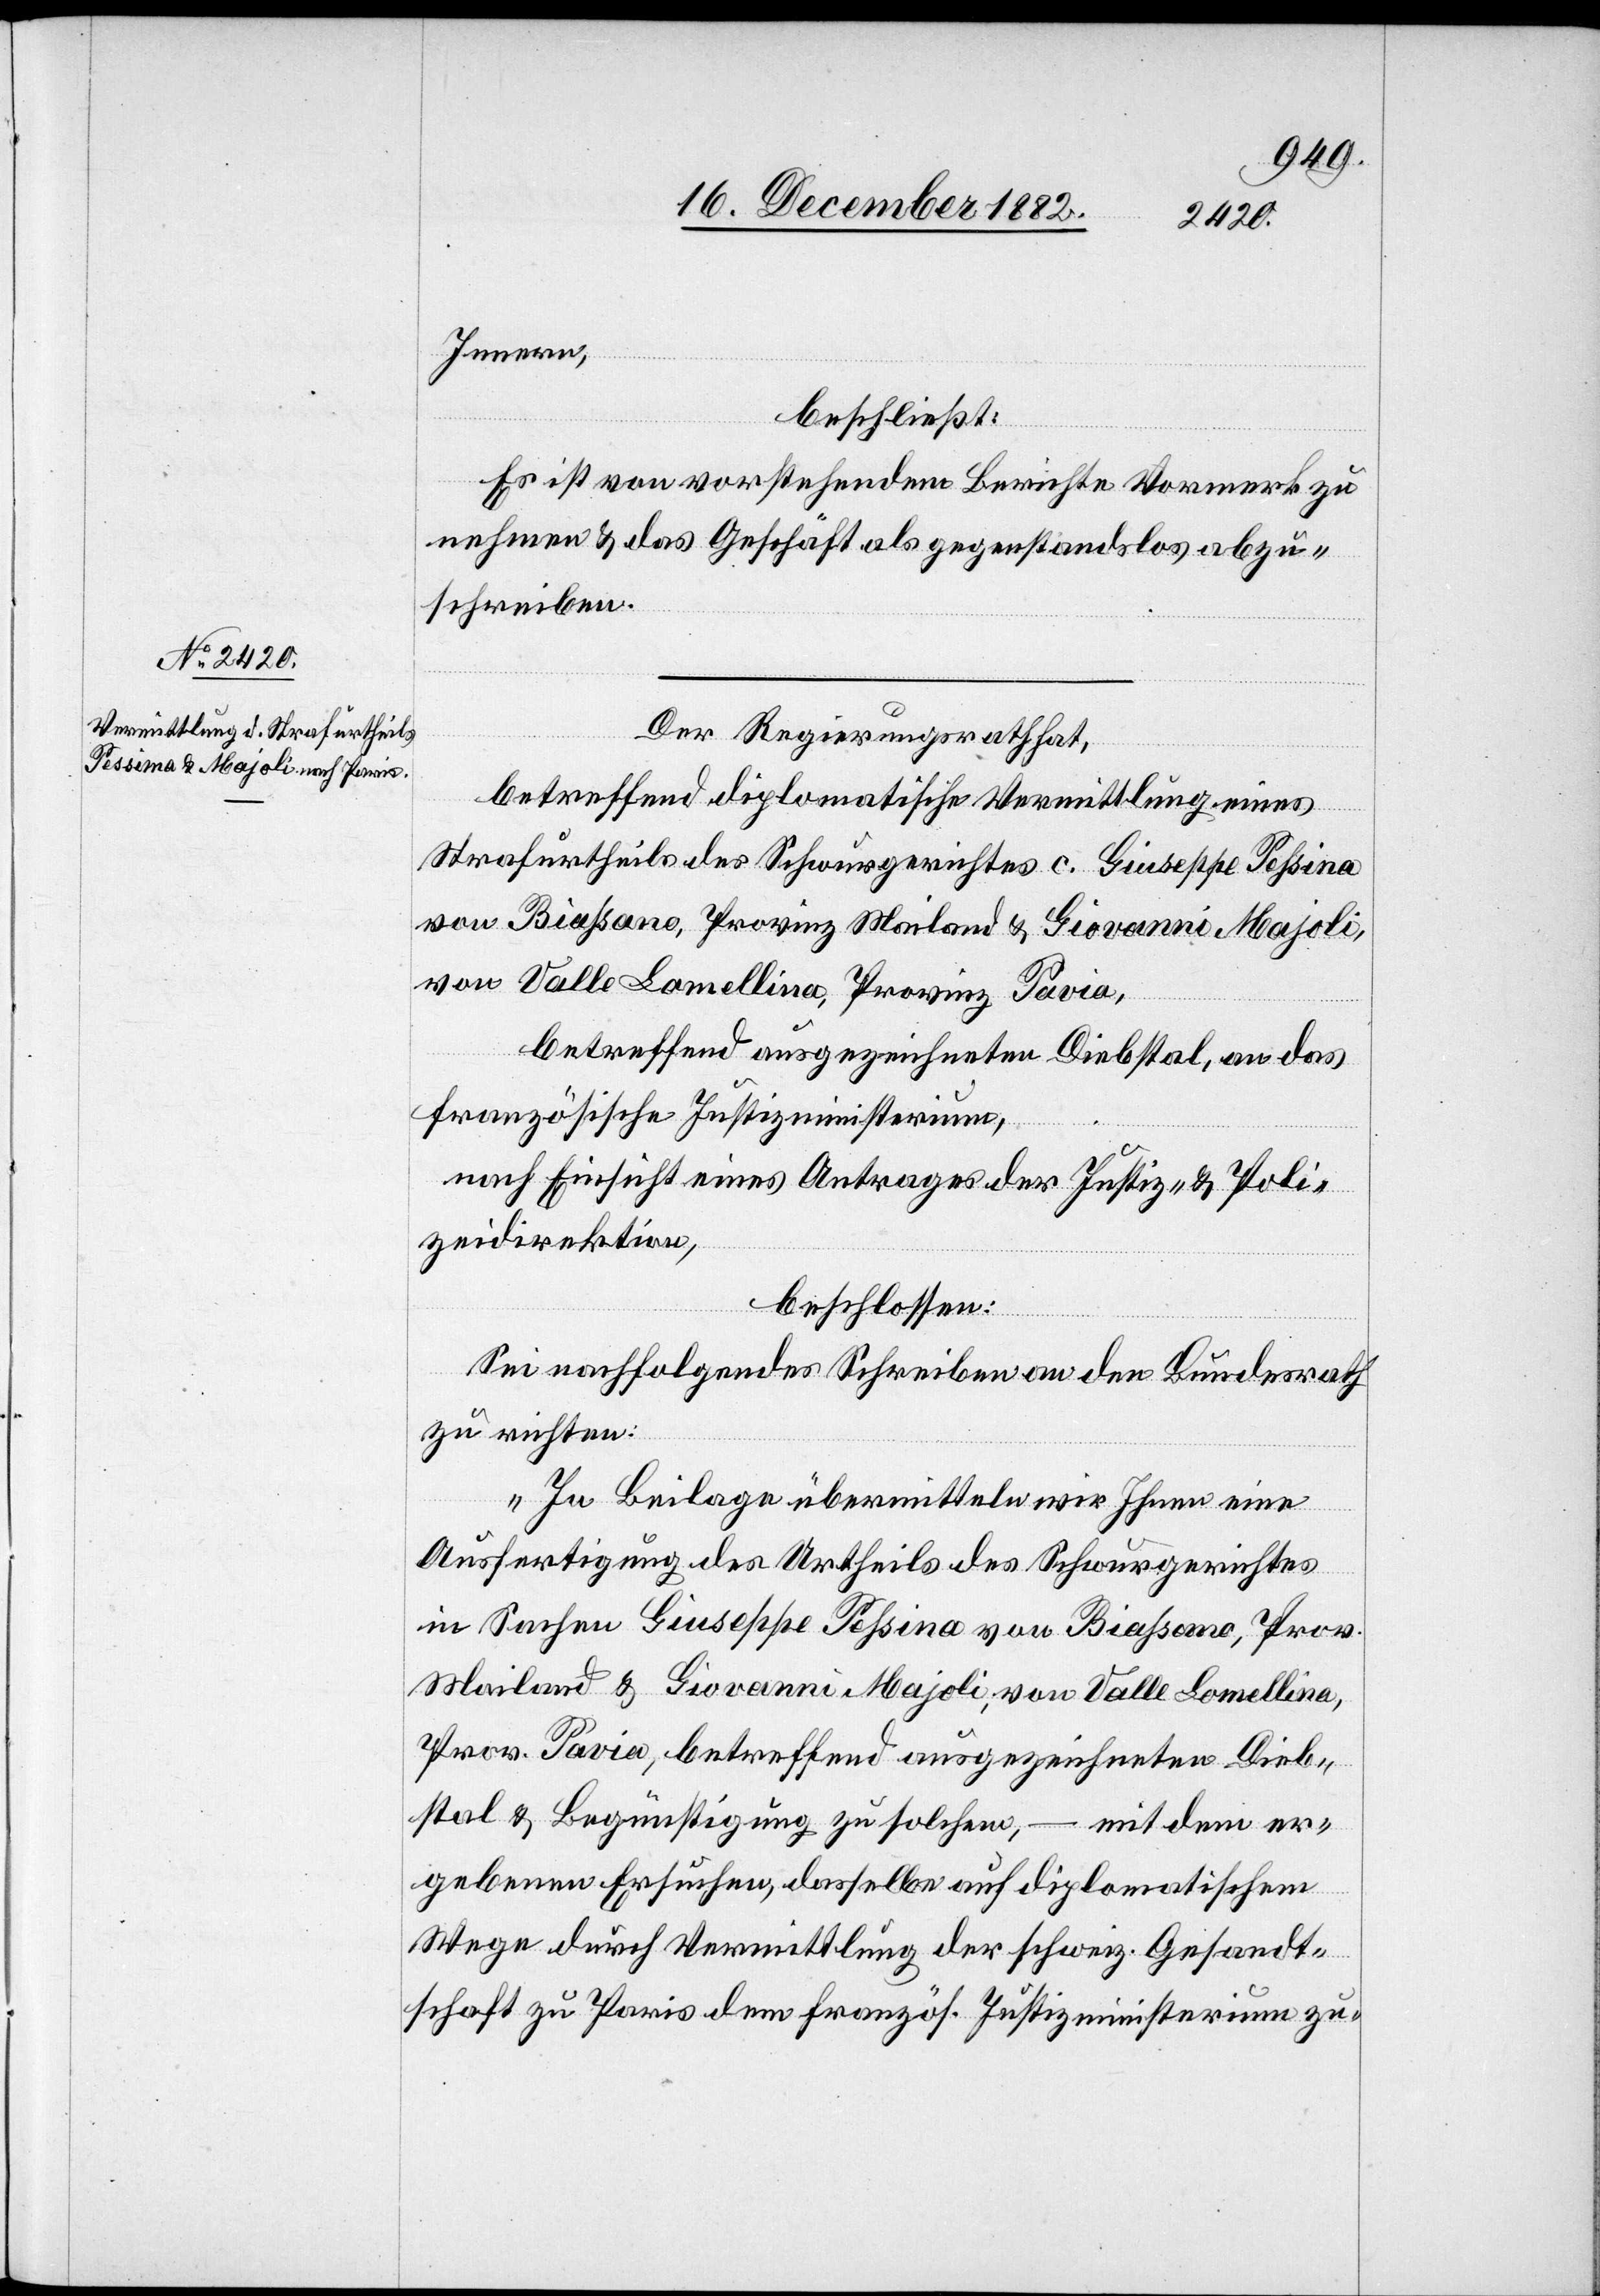
Innern,
beschließt:
Es ist von vorstehendem Berichte Vormerk zu
nehmen & das Geschäft als gegenstandslos abzu¬
schreiben.
Der Regierungsrath hat,
betreffend diplomatische Vermittlung eines
Strafurtheils des Schwurgerichtes c. Giuseppe Pessina
von Biassano, Provinz Mailand & Giovanni Majoli,
von Valle Lamellina [recte: Lomellina],
betreffend ausgezeichneten Diebstal, an das
französische Justizministerium,
nach Einsicht eines Antrages der Justiz- & Poli¬
zeidirektion,
beschlossen:
Sei nachfolgendes Schreiben an den Bundesrath
zu richten:
„In Beilage übermitteln wir Ihnen eine
Ausfertigung des Urtheils des Schwurgerichtes
in Sachen Giuseppe Pessina, von Biassano, Prov.
Mailand & Giovanni Majoli, von Valle Lomellina,
Prov. Pavia, betreffend ausgezeichneten Dieb¬
stal & Begünstigung zu solchem, – mit dem er¬
gebenen Ersuchen, dasselbe auf diplomatischem
Wege durch Vermittlung der schweiz. Gesandt¬
schaft zu Paris dem französ. Justizministerium zu-